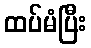
ထပ်မံပြီး